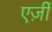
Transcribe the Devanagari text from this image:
एर्ज़ीं